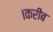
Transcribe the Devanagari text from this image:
।करीब